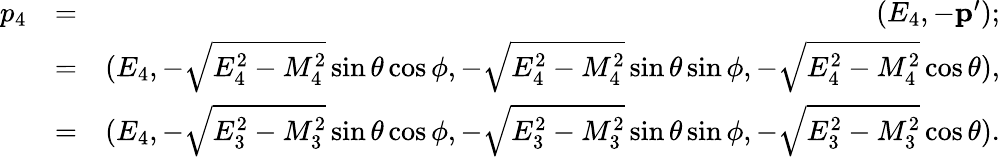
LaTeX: \begin{array}{rlr}{p_{4}}&{=}&{(E_{4},-\mathbf{p}^{\prime});}\\ &{=}&{(E_{4},-\sqrt{E_{4}^{2}-M_{4}^{2}}\sin\theta\cos\phi,-\sqrt{E_{4}^{2}-M_{4}^{2}}\sin\theta\sin\phi,-\sqrt{E_{4}^{2}-M_{4}^{2}}\cos\theta),}\\ &{=}&{(E_{4},-\sqrt{E_{3}^{2}-M_{3}^{2}}\sin\theta\cos\phi,-\sqrt{E_{3}^{2}-M_{3}^{2}}\sin\theta\sin\phi,-\sqrt{E_{3}^{2}-M_{3}^{2}}\cos\theta).}\end{array}